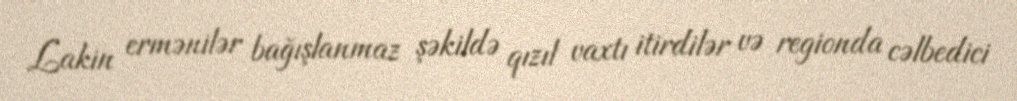
Lakin ermənilər bağışlanmaz şəkildə qızıl vaxtı itirdilər və regionda cəlbedici